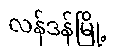
လန်ဒန်မြို့